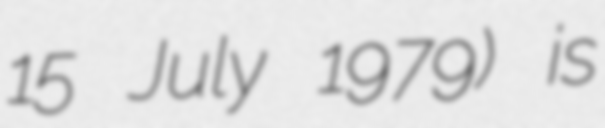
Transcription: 15 July 1979) is